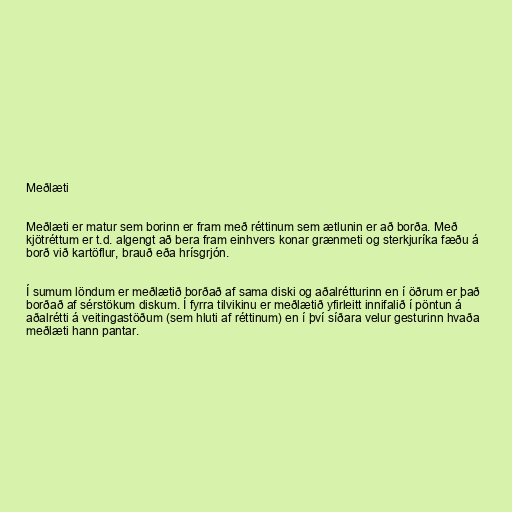
Meðlæti

Meðlæti er matur sem borinn er fram með réttinum sem ætlunin er að borða. Með
kjötréttum er t.d. algengt að bera fram einhvers konar grænmeti og sterkjuríka fæðu á
borð við kartöflur, brauð eða hrísgrjón.

Í sumum löndum er meðlætið borðað af sama diski og aðalrétturinn en í öðrum er það
borðað af sérstökum diskum. Í fyrra tilvikinu er meðlætið yfirleitt innifalið í pöntun á
aðalrétti á veitingastöðum (sem hluti af réttinum) en í því síðara velur gesturinn hvaða
meðlæti hann pantar.